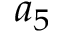
a _ { 5 }